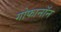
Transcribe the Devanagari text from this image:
गोफानॉन